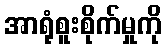
အာရုံစူးစိုက်မှုကို